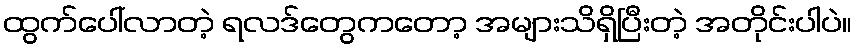
ထွက်ပေါ်လာတဲ့ ရလဒ်တွေကတော့ အများသိရှိပြီးတဲ့ အတိုင်းပါပဲ။